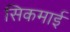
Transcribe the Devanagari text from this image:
सिकमाई